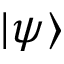
| \psi \rangle